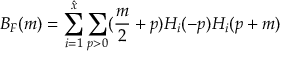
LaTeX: B _ { F } ( m ) = \sum _ { i = 1 } ^ { \hat { x } } \sum _ { p > 0 } ( \frac { m } { 2 } + p ) H _ { i } ( - p ) H _ { i } ( p + m )